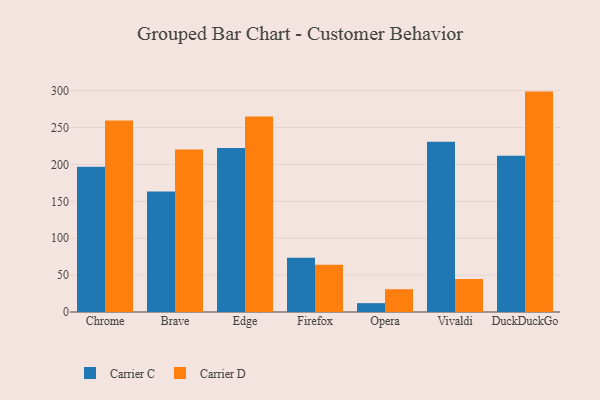
{"axis": {"x": "Browser", "y": "Bounce Rate (%)"}, "legend": ["Carrier C", "Carrier D"], "data": [{"x": "Chrome", "y": 196.7, "type": "Carrier C"}, {"x": "Chrome", "y": 259.4, "type": "Carrier D"}, {"x": "Brave", "y": 163.2, "type": "Carrier C"}, {"x": "Brave", "y": 220.3, "type": "Carrier D"}, {"x": "Edge", "y": 222.2, "type": "Carrier C"}, {"x": "Edge", "y": 264.8, "type": "Carrier D"}, {"x": "Firefox", "y": 73.5, "type": "Carrier C"}, {"x": "Firefox", "y": 64.2, "type": "Carrier D"}, {"x": "Opera", "y": 12.0, "type": "Carrier C"}, {"x": "Opera", "y": 30.9, "type": "Carrier D"}, {"x": "Vivaldi", "y": 230.9, "type": "Carrier C"}, {"x": "Vivaldi", "y": 44.7, "type": "Carrier D"}, {"x": "DuckDuckGo", "y": 211.8, "type": "Carrier C"}, {"x": "DuckDuckGo", "y": 298.7, "type": "Carrier D"}]}